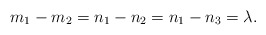
\begin{align*}m_1-m_2=n_1-n_2=n_1-n_3=\lambda.\end{align*}